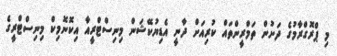
މި ޕްރޮގްރާމުގެ ދަށުން ތަމްރީންތައް ކުރިއަށް ދާނީ އެޑިޔުކޭޝަން މިނިސްޓްރީއާ އިކޮނޮމިކް މިނިސްޓްރީގެ